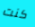
كنت